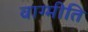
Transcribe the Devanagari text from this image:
वाग्मीति